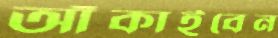
আঁকাইবেন